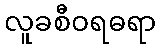
လူခစီဝရဓရာ